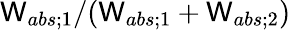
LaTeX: \mathsf{W}_{abs;1}/(\mathsf{W}_{abs;1}+\mathsf{W}_{abs;2})